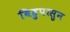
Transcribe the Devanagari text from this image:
बिहुपासुन